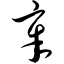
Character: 章